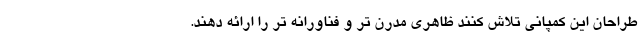
طراحان این کمپانی تلاش کنند ظاهری مدرن تر و فناورانه تر را ارائه دهند.